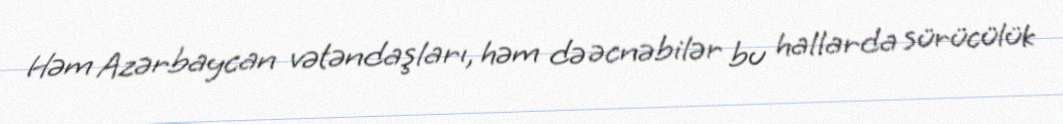
Həm Azərbaycan vətəndaşları, həm də əcnəbilər bu hallarda sürücülük